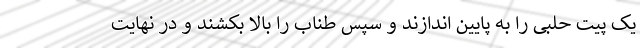
یک پیت حلبی را به پایین اندازند و سپس طناب را بالا بکشند و در نهایت